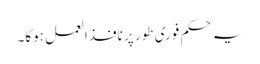
یہ حکم فوری طور پر نافذالعمل ہوگا۔